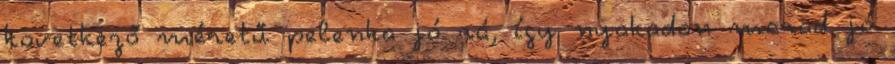
következő méretű pelenka jó rá, így nyakadon marad jó